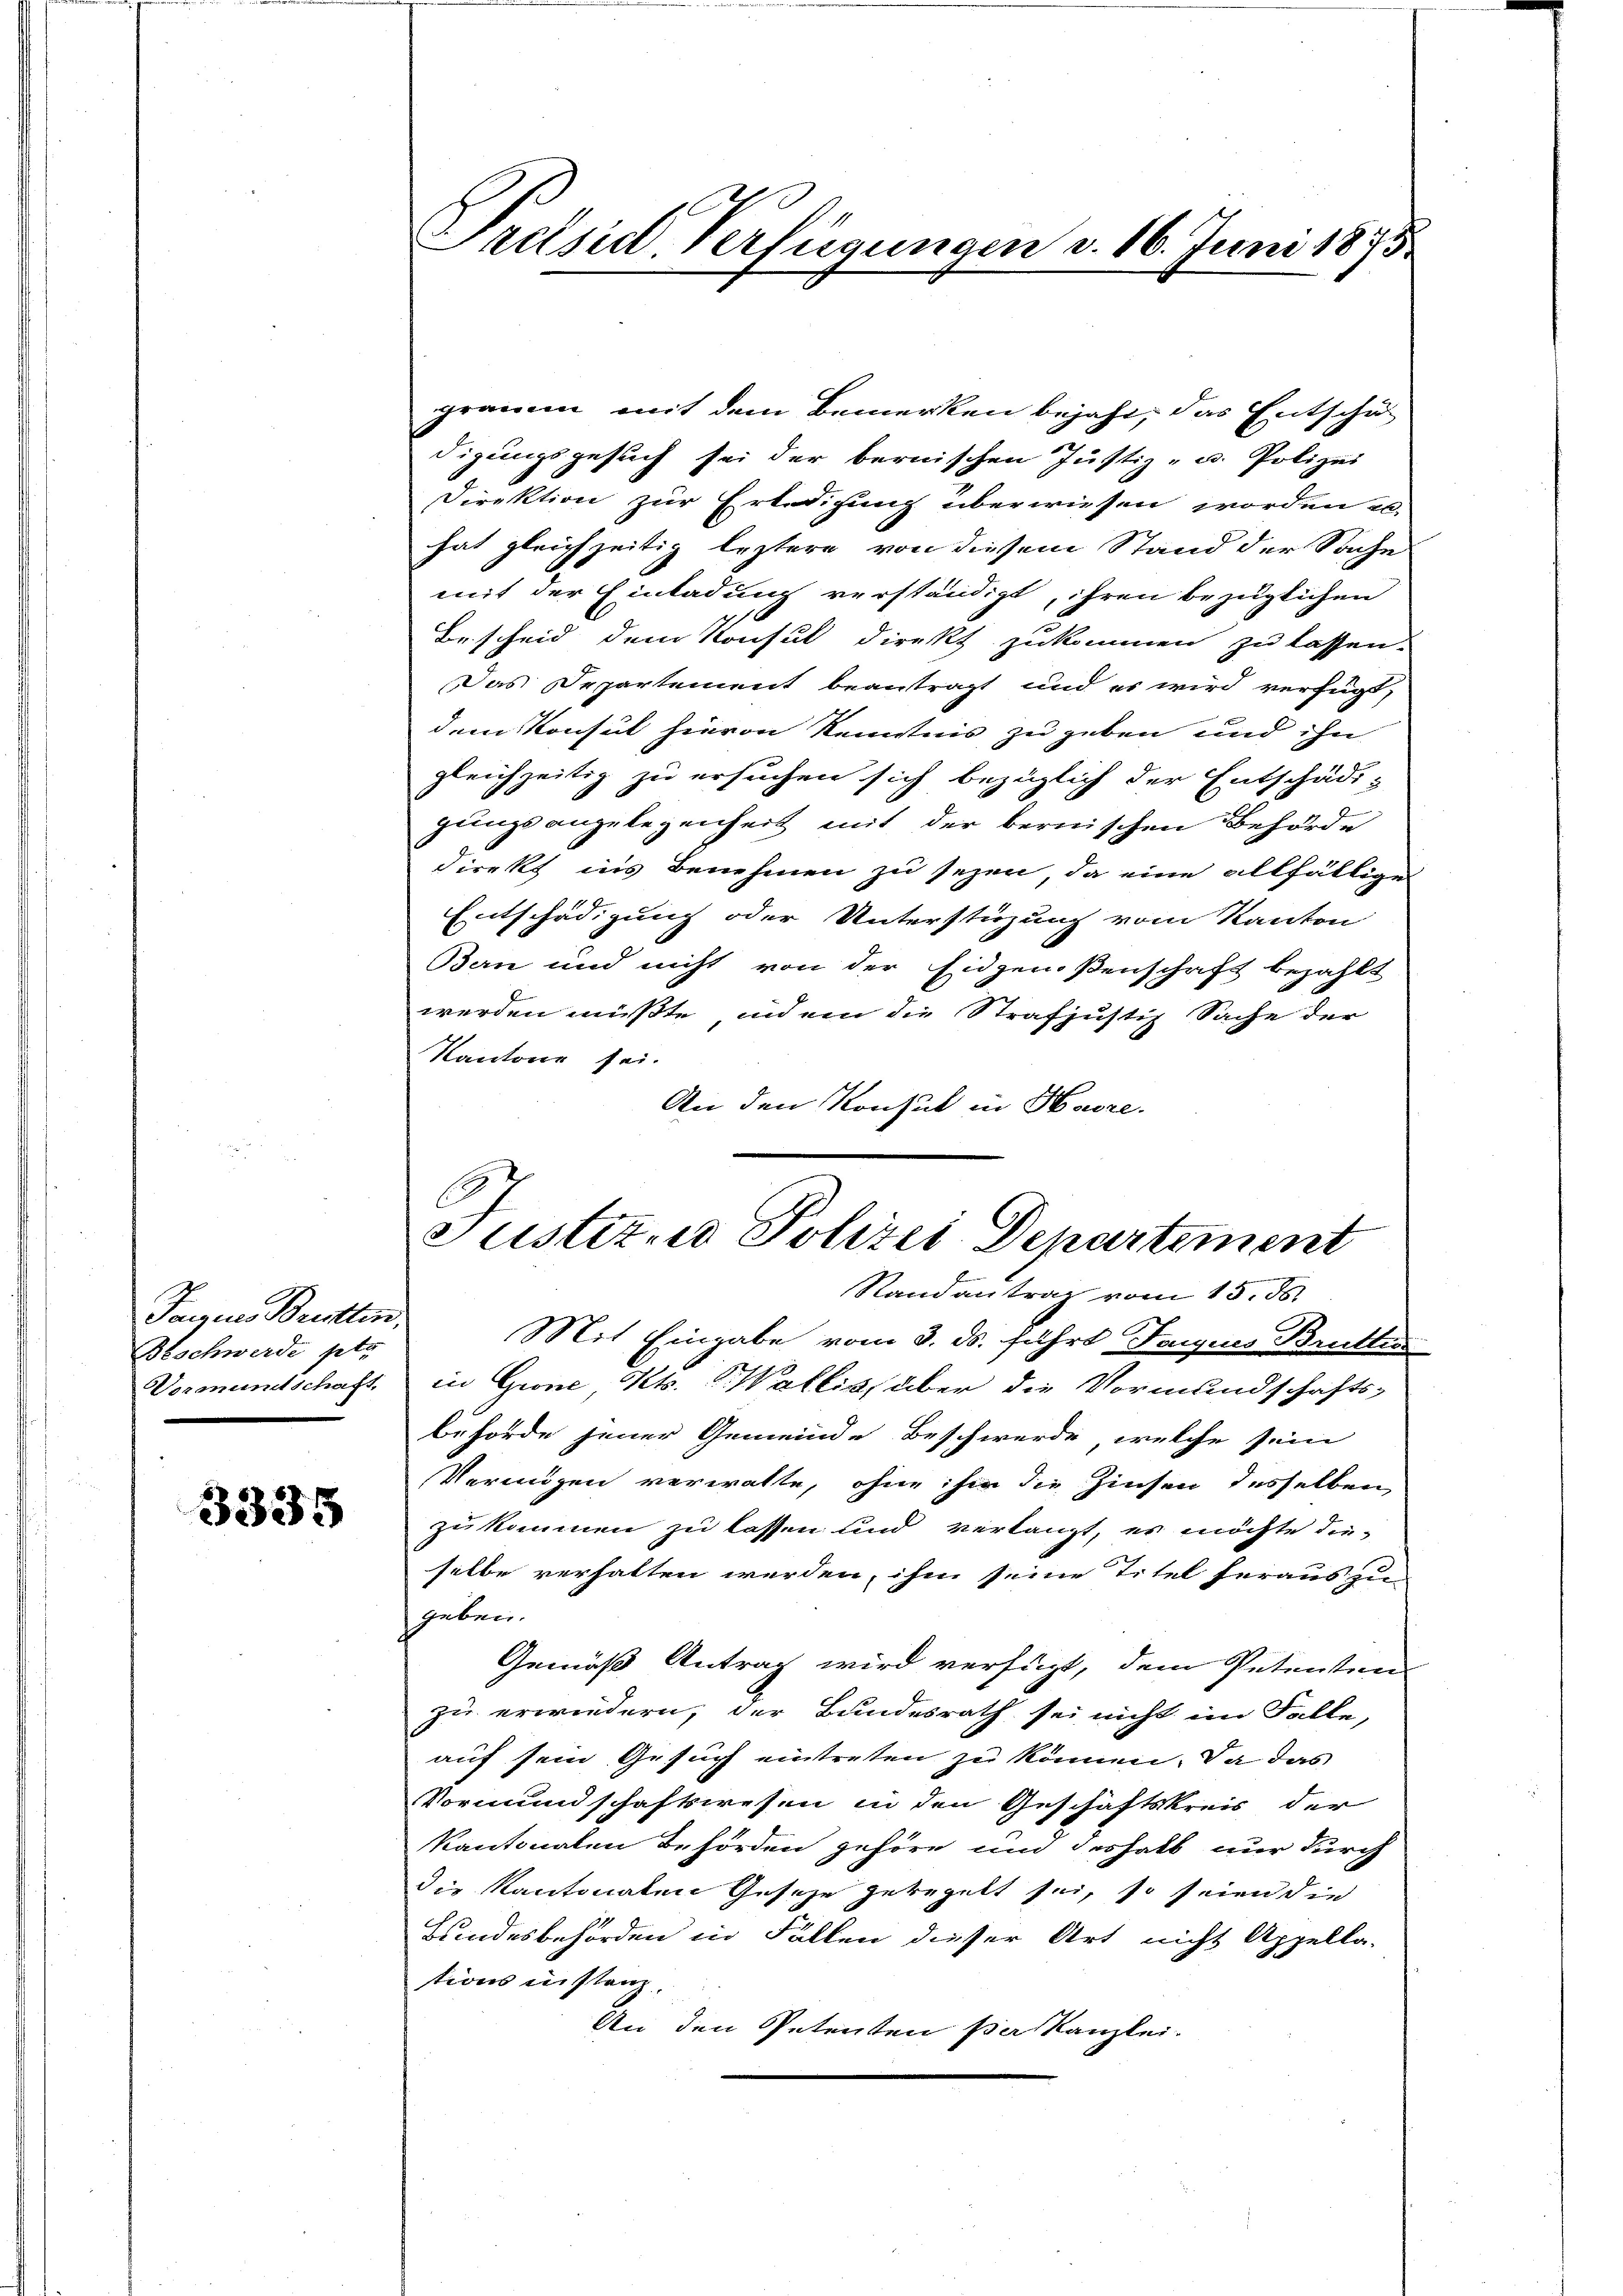
Tannes Bretten,
Beschwerde pto
Vormundschaft,

3335

Präsid. Verfügungen d. 16. Juni 1875

gramm mit dem Bemerken bejaht, das Entschät
digungsgesuch sei der bernischen Justiz- u. Polizei
Direktion zur Erledigung überwiesen worden u.
hat gleichzeitig leztere von diesem Stand der Sache
mit der Einladung verständigt, ihren bezüglichen
Bescheid dem Konsul direkt zukommen zu lassen.
Das Departement beantragt und es wird verfügt,
dem Konsul hievon Kenntnis zu geben und ihn
gleichzeitig zu ersuchen sich bezüglich der Entschädi-
1
gungsangelegenheit mit der bernischen Behörde
direkt ins Benehmen zu seyen, da eine allfällige
Entschädigung oder Unterstüzung vom Kanton
Ben und nicht von der Eidgenoßenschaft bezahlt
werden müßte, indem die Strafjustiz Sache der
Kantone sei.
An den Konsul in Havre.

Justiz- u Polizei Departement
Randantrag vom 15. ds.

Mit Eingabe vom 3. ds. führt Frequis Brüttes
in Grone, Kts. Wallis, über die Vormundschafts-
behörde jener Gemeinde Beschwerde, welche sein
Vermögen verwalte, ohne sie die Zinsen desselben
zukommen zu lassen und verlangt, es möchte die-
selbe verhalten werden, ihm seine Titel heraus zu-
geben.
Gemäß Antrag wird verfügt, dem Petenten
zu erwiedern, der Bundesrath sei nicht im Falle,
auf sein Gesuch eintreten zu können. Da das
Vormundschaftswesen in den Geschäftskreis der
Kantonalen Behörden gehöre und deshalb nur durch
die Kantonalen Gesetze geregelt sei, so seien die
Bundesbehörden in Fällen dieser Art nicht Appella-
tions instanz
An den Petenten per Kanzlei.